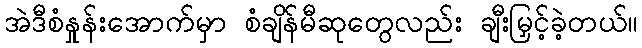
အဲဒီစံနှုန်းအောက်မှာ စံချိန်မီဆုတွေလည်း ချီးမြှင့်ခဲ့တယ်။